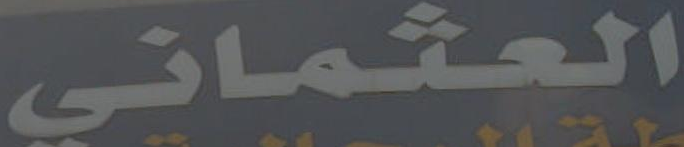
العثماني